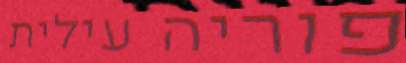
פוריה עילית